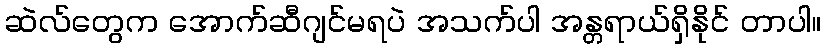
ဆဲလ်တွေက အောက်ဆီဂျင်မရပဲ အသက်ပါ အန္တရာယ်ရှိနိုင် တာပါ။